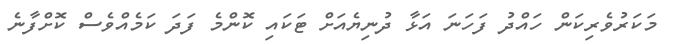
މަކަރުވެރިކަން ހައްދު ފަހަނަ އަޅާ ދުނިޔެއަށް ޓަކައި ކޮންމެ ފަދަ ކަމެއްވެސް ކޮށްފާނެ